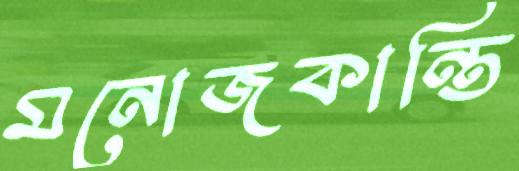
মনোজকান্তি